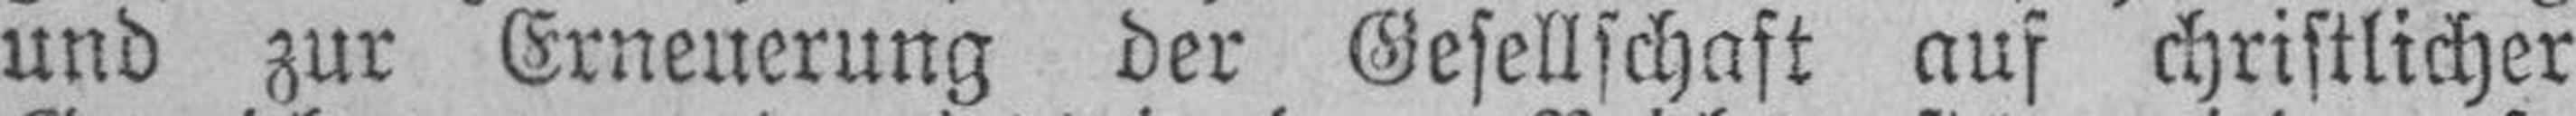
und zur Erneuerung der Gesellschaft auf christlicher